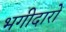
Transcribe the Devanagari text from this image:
भगीदारों